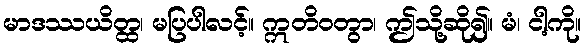
မာဒဿယိတ္ထ၊ မပြပါလင့်။ ဣတိဝတွာ၊ ဤသို့ဆို၍။ မံ၊ ငါ့ကို။